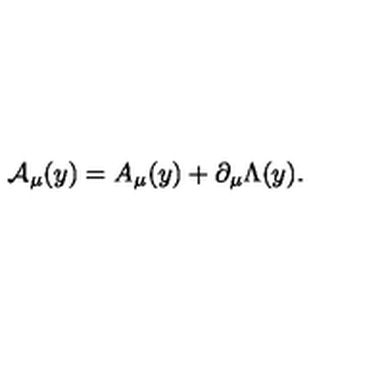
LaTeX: { \cal A } _ { \mu } ( y ) = A _ { \mu } ( y ) + \partial _ { \mu } \Lambda ( y ) .